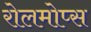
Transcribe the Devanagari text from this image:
रोलमोप्स